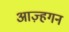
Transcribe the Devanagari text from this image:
आज़्हगन